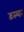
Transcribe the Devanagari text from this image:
डस्चर